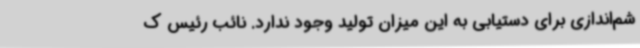
شم‌اندازی برای دستیابی به این میزان تولید وجود ندارد. نائب رئیس ک